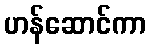
ဟန်ဆောင်ကာ